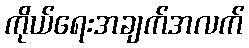
ကိုယ်ရေးအချက်အလက်